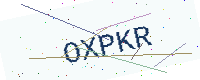
Text: OXPKR